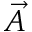
\vec { A }